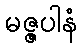
မဇ္ဇပါနံ